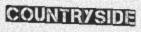
COUNTRYSIDE